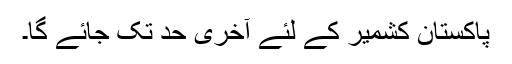
پاکستان کشمیر کے لئے آخری حد تک جائے گا۔